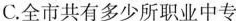
C.全市共有多少所职业中专